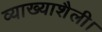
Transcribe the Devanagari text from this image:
व्याख्याशैली।